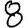
Digit: 8